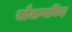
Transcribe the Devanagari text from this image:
सौभाग्यचिन्ह